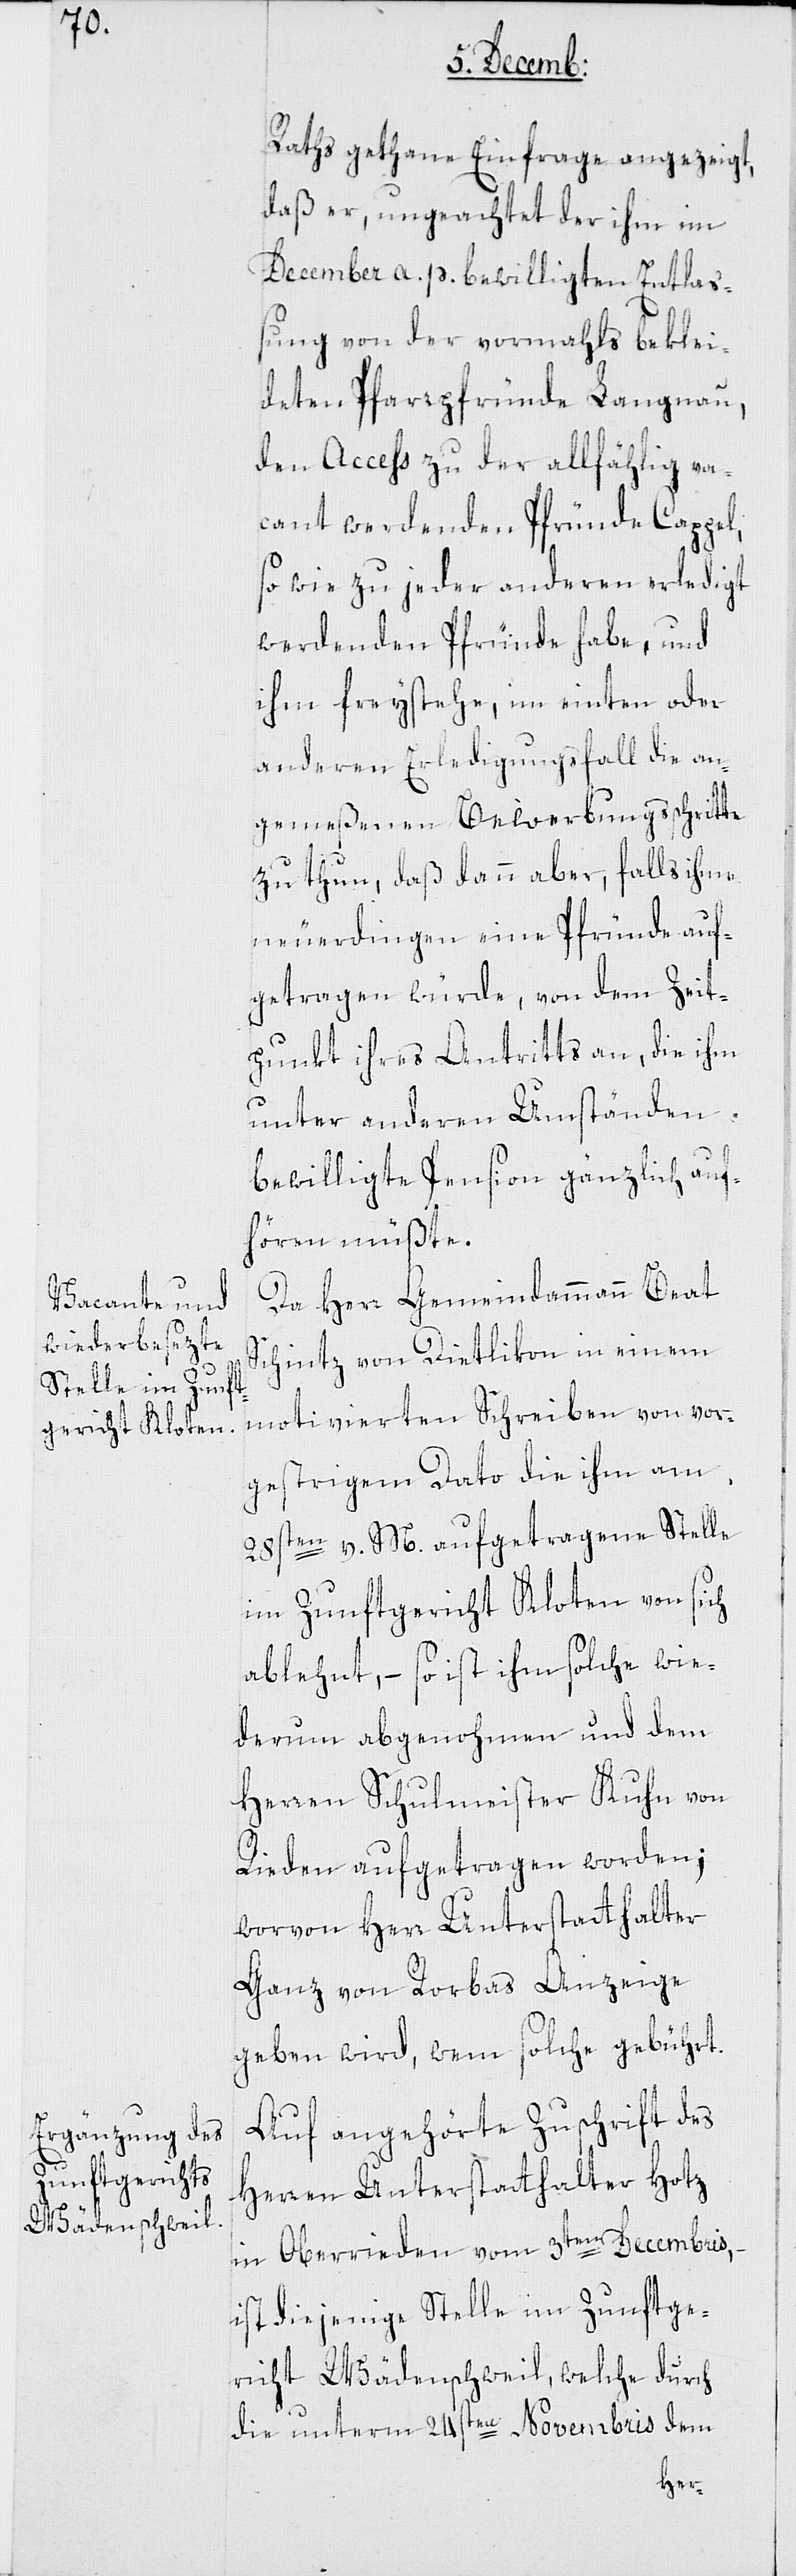
Raths gethane Einfrage angezeigt,
daß er, ungeachtet der ihm im
December a. p. bewilligten Entlaß¬
ung von der vormahls beklei¬
deten Pfarrpfründe Langnau,
den Acceß zu der allfähllig va¬
cant werdenden Pfründe Cappel,
sowie zu jeder anderen erledigt
werdenden Pfründe habe, und
ihm freystehe, im einten oder
anderen Erledigungsfall die an¬
gemeßenen Bewerbungsschritte
zu thun, daß dann aber, falls ihme
neuerdingen eine Pfründe auf¬
getragen würde, von dem Zeit¬
punkt ihres Antritts an, die ihm
unter anderen Umständen
bewilligte Pension gänzlich auf¬
hören müßte.
Da Herr Gemeindammann Beat
Schintz von Dietlikon in einem
motivierten Schreiben von vor¬
gestrigem Dato die ihm am
28sten v. M. aufgetragene Stelle
im Zunftgericht Kloten von sich
ablehnt, – so ist ihm solche wie¬
derum abgenohmen und dem
Herren Schulmeister Kuhn von
Rieden aufgetragen worden;
worvon Herr Unterstatthalter
Ganz von Rorbas Anzeige
geben wird, wem solche gebührt.
Auf angehörte Zuschrift des
Herren Unterstatthalter Hotz
in Oberrieden vom 3ten Decembris,
ist diejenige Stelle im Zunftge¬
richt Wädenschweil, welche durch
die unterm 24sten Novembris dem